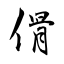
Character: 傦